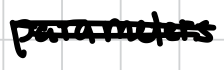
Text: parameters
Cross-out: double-line
Writing tool: digital_black